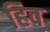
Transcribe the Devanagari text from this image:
हिव